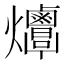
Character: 𤓠